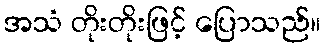
အသံ တိုးတိုးဖြင့် ပြောသည်။